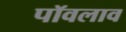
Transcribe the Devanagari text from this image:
पॉवलाव